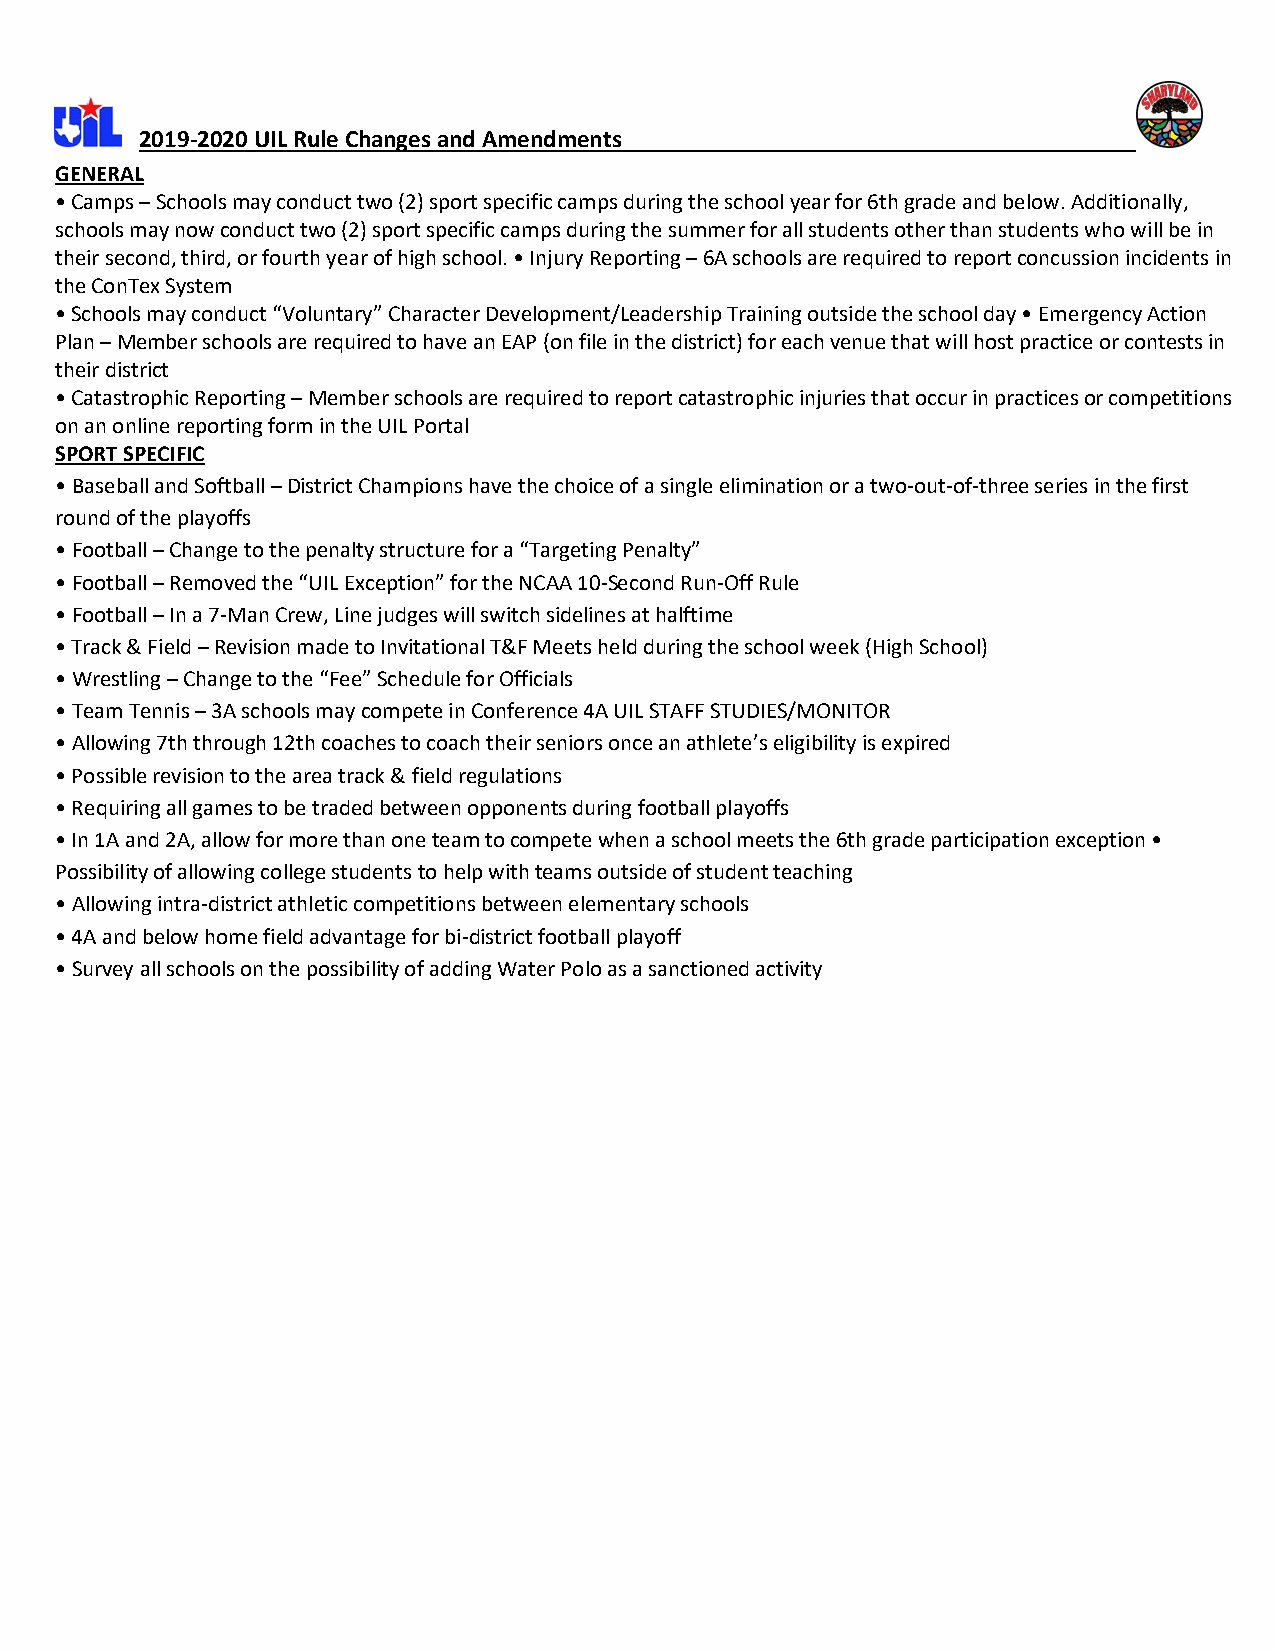
2019-2020 UIL Rule Changes and Amendments
 GENERAL
 • Camps – Schools may conduct two (2) sport specific camps during the school year for 6th grade and below. Additionally,
 schools may now conduct two (2) sport specific camps during the summer for all students other than students who will be in
 their second, third, or fourth year of high school. • Injury Reporting – 6A schools are required to report concussion incidents in
 the ConTex System
 • Schools may conduct “Voluntary” Character Development/Leadership Training outside the school day • Emergency Action
 Plan – Member schools are required to have an EAP (on file in the district) for each venue that will host practice or contests in
 their district
 • Catastrophic Reporting – Member schools are required to report catastrophic injuries that occur in practices or competitions
 on an online reporting form in the UIL Portal
 SPORT SPECIFIC
 • Baseball and Softball – District Champions have the choice of a single elimination or a two-out-of-three series in the first
 round of the playoffs
 • Football – Change to the penalty structure for a “Targeting Penalty”
 • Football – Removed the “UIL Exception” for the NCAA 10-Second Run-Off Rule
 • Football – In a 7-Man Crew, Line judges will switch sidelines at halftime
 • Track & Field – Revision made to Invitational T&F Meets held during the school week (High School)
 • Wrestling – Change to the “Fee” Schedule for Officials
 • Team Tennis – 3A schools may compete in Conference 4A UIL STAFF STUDIES/MONITOR
 • Allowing 7th through 12th coaches to coach their seniors once an athlete’s eligibility is expired
 • Possible revision to the area track & field regulations
 • Requiring all games to be traded between opponents during football playoffs
 • In 1A and 2A, allow for more than one team to compete when a school meets the 6th grade participation exception •
 Possibility of allowing college students to help with teams outside of student teaching
 • Allowing intra-district athletic competitions between elementary schools
 • 4A and below home field advantage for bi-district football playoff
 • Survey all schools on the possibility of adding Water Polo as a sanctioned activity